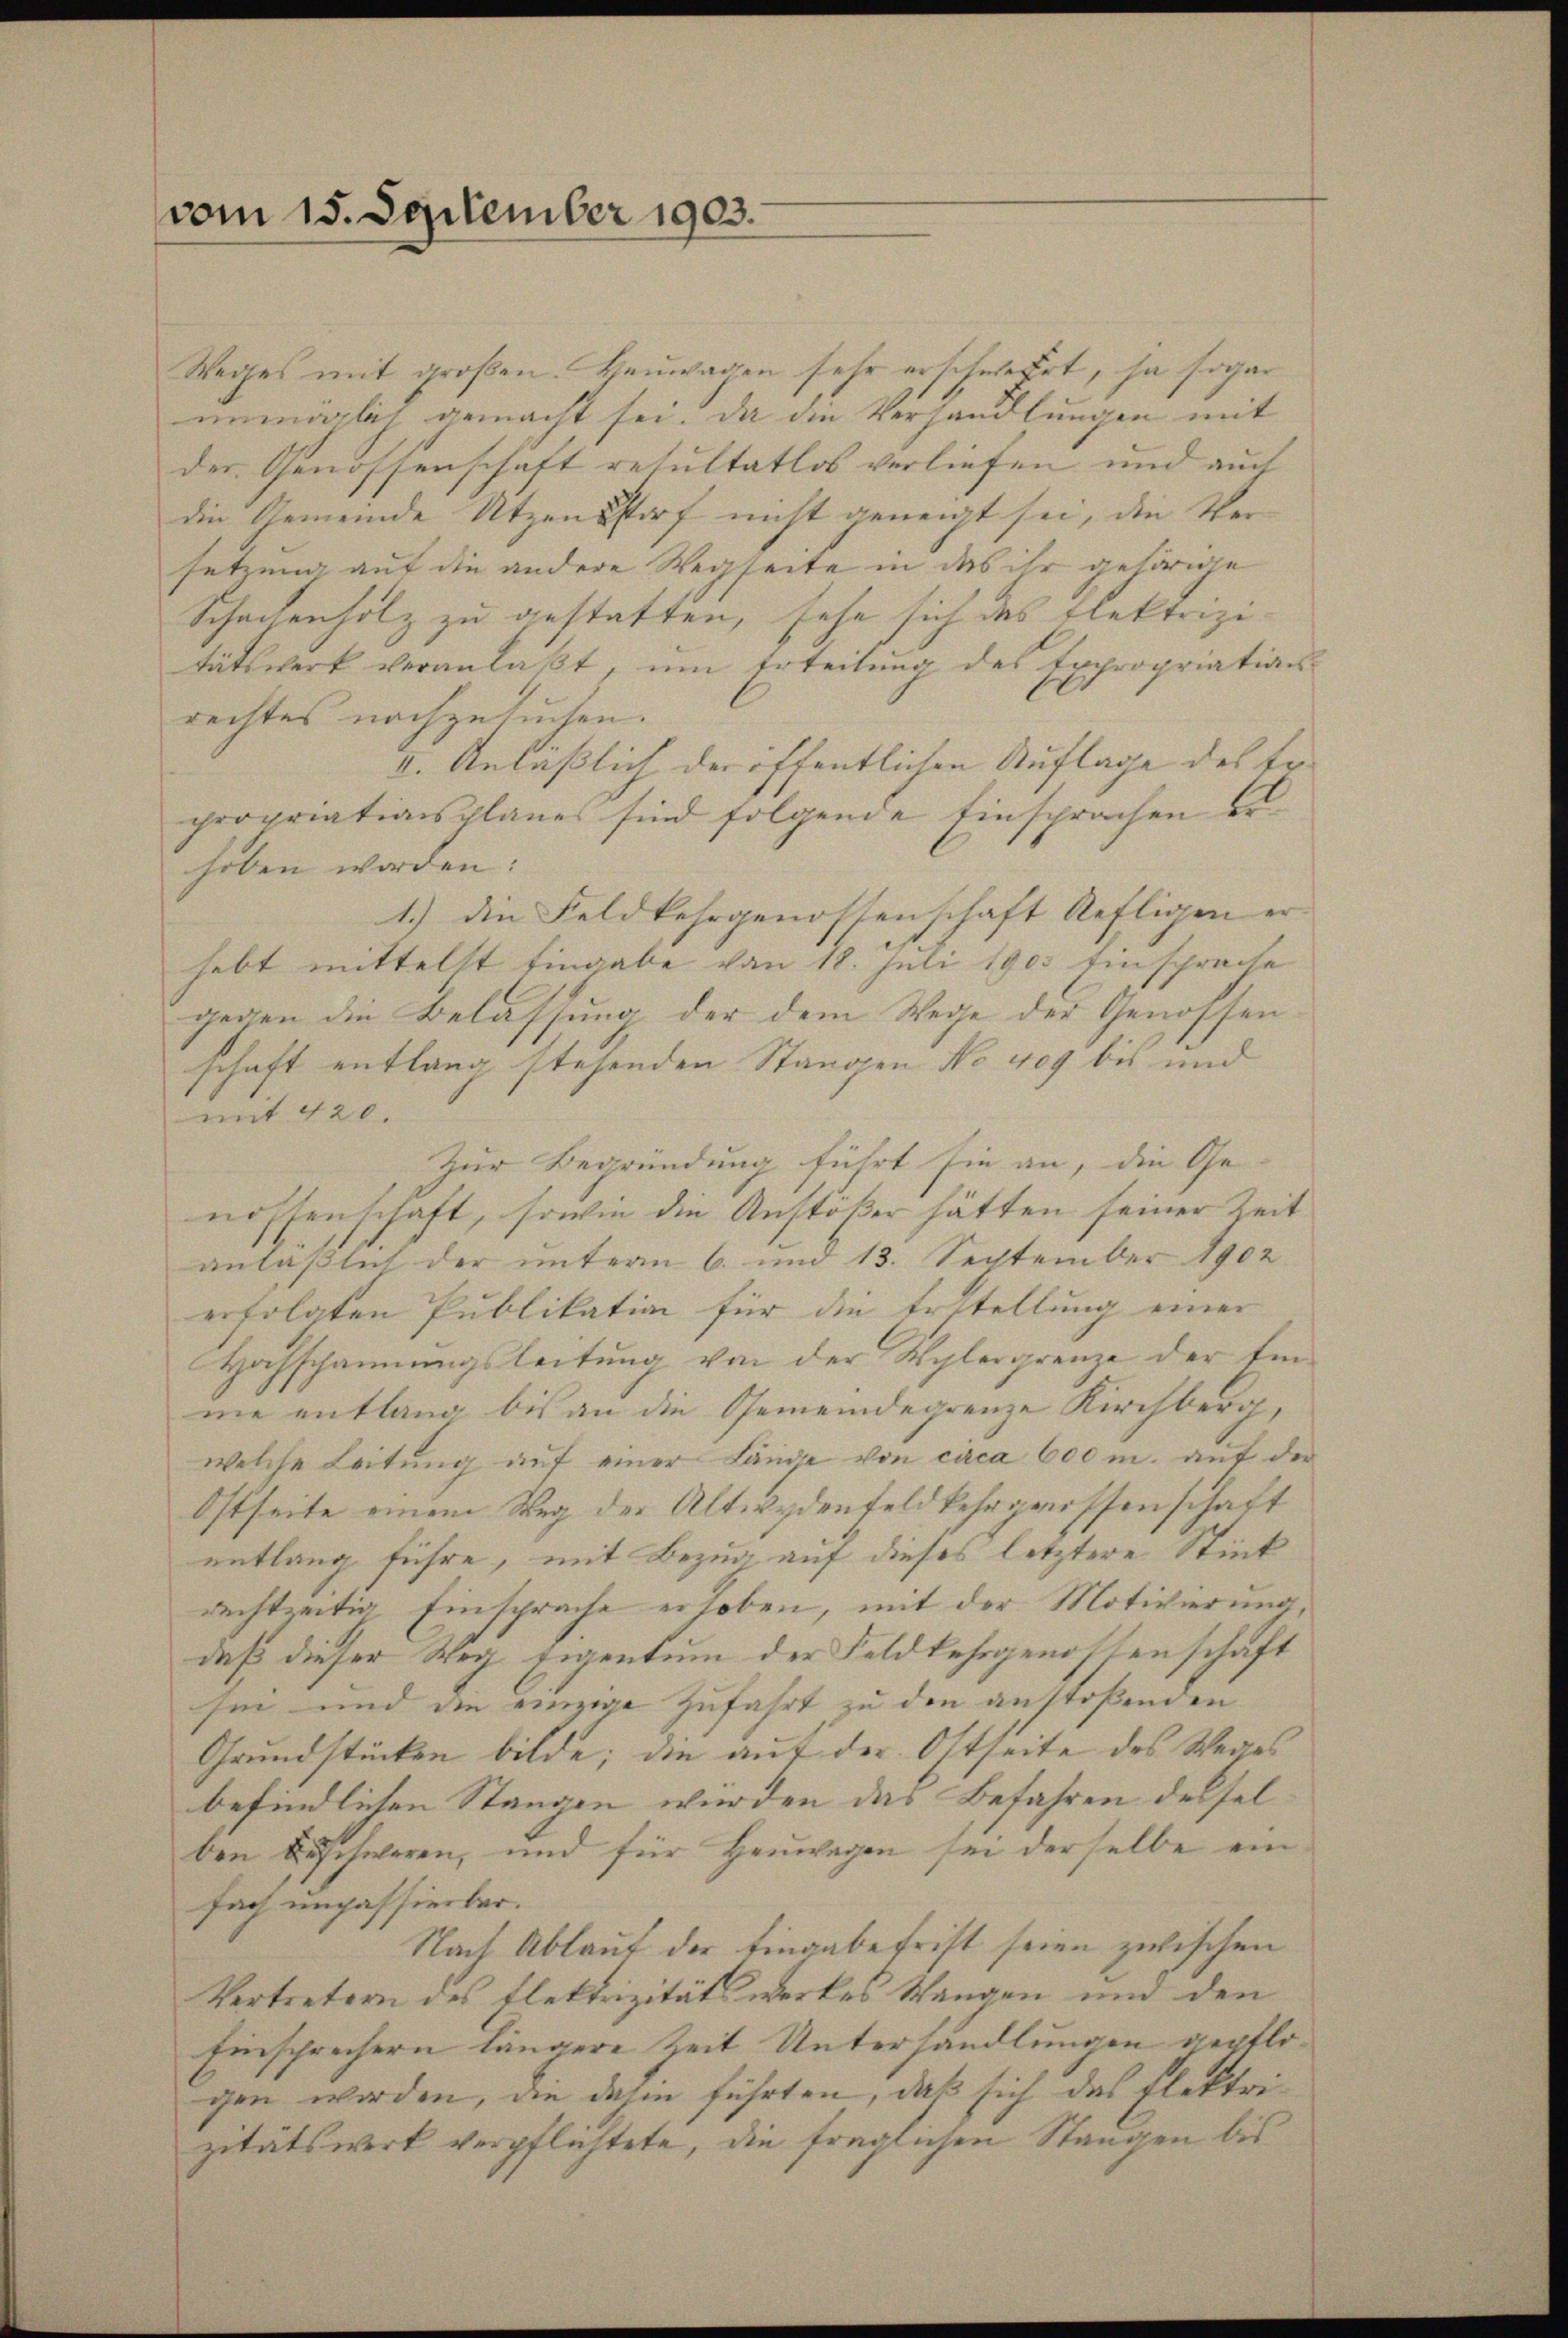
vom 15. Dezember 1903.

Weges mit großen. Hauwagen sehr erschwehrt, ja sogar
unmöglich gemacht sei. Da die Verhandlungen mit
der Genossenschaft resultatlos verliefen und auch
die Gemeinde Utzensstorf nicht geneigt sei, die Ver-
setzung auf die andere Wegseite in das ihr gehörige
Schackenholz zu gestatten, sehe sich das Flektrizi
tätswerk veranlaßt, um Erteilung des Expropriation
rechtes nachzusuchen.
II. Anläßlich der öffentlichen Auflage des Er
propriationsplanes sind folgende Einsprachen erhoben worden:
1.) Die Feldkehrgenossenschaft Refligen er
hebt mittelst Eingabe von 18. Juli 1903 Einsprache
gegen die Belassung der dem Wege der Genossen
schaft entlang stehenden Stangen No 409 bis und
mit 420.
Zur Begründung führt sie an, die Ge-
nossenschaft, sowie die Anstößer hätten seiner Zeit
anläßlich der unterm 6. und 13. September 1902
erfolgten Publikation für die Erstellung einer
Hochschannungsleitung von der Wylergrenze der Einne entlang bis an die Gemeindegrenze Kirchberg,
welche Leitŭng aŭf einer Lände von circa 600 m. auf der
Ostseite einem Weg der Altwedenfeld kehr grossenschaft
entlang führe, mit Bezug auf dieses letztere Stick
rechtzeitig Einsprache erhoben, mit der Motivierung
daß dieser Weg Eigentum der Feldkehrgenossenschaft
sii und die einzige Zufahrt zu den anstoßenden
Grundstücken bilde; die auf der Ostseite des Weges
befindlichen Stangen würden das Befahren dessel- |
ben Beschweren, und für Heuwagen sei derselbe ein
fach unpassierbar.
Nach Ablauf der Eingabefrist seien zwischen
Vertretern des Flektrizität werkes Wangen und den
Einsprechern längere Zeit Unterhandlungen gepflogen worden, die dahin führten, daß sich das Flektrizitätswerk verpflichtete, die fraglichen Stangen bis

f